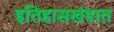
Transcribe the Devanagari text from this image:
इतिहासखंडात